King Institute of Preventive Medicine Micro-Biological Section reports 1909-11
Year: 1909
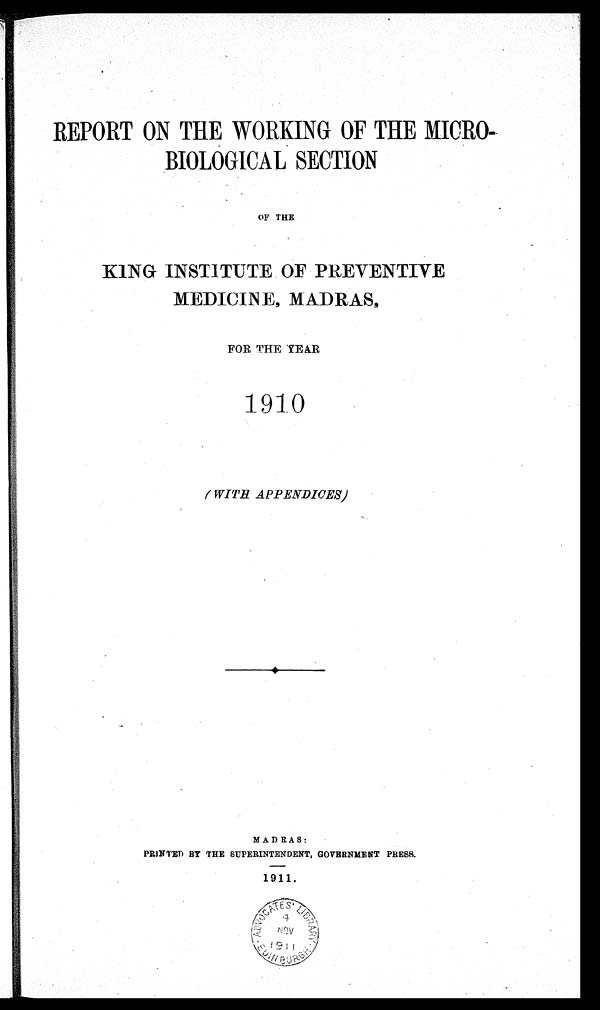
REPORT ON THE WORKING OF THE MICRO-
BIOLOGICAL SECTION
OF THE
KING INSTITUTE OF PREVENTIVE
MEDICINE, MADRAS,
FOR THE YE AR
1910
( W I T H A P P E N D I C E S )
MADRAS:
PRINTED BY THE SUPERINTENDENT, GOVERNMENT PRESS.
1911.